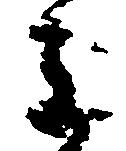
主